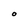
Character: O